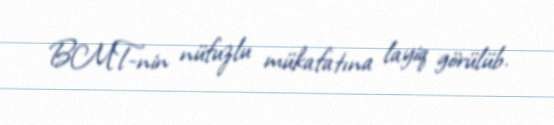
BMT-nin nüfuzlu mükafatına layiq görülüb.